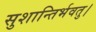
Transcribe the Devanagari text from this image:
सुशान्तिर्भवतु।